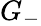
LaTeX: G_{-}